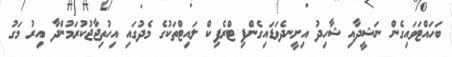
ބަހައްޓަވައިގެން ނަޝީދާއި ޝާހިދު އިށީނދެވަޑައިގެންފި ޓްރެފިކް ލައިޓްތަކުގެ މެދުގައި އިހުތިޖާޖުކުރަމުންދާ އިރު މަގު